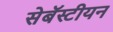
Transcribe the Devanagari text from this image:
सेबॅस्टीयन